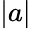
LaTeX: \lvert a\rvert